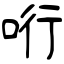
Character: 哘